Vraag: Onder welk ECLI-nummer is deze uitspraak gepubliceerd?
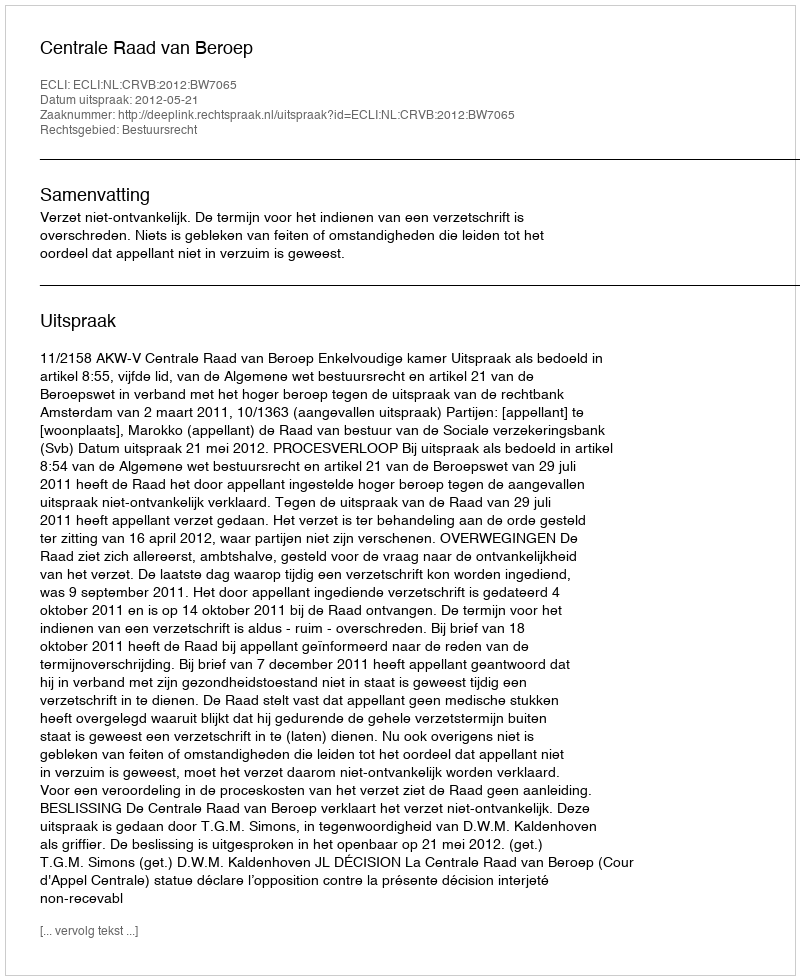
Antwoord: ECLI:NL:CRVB:2012:BW7065